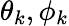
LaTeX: \theta_{k},\phi_{k}